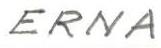
ERNA